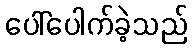
ပေါ်ပေါက်ခဲ့သည်